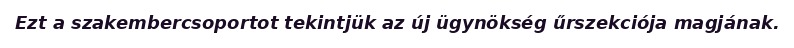
Ezt a szakembercsoportot tekintjük az új ügynökség űrszekciója magjának.